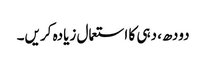
دودھ، دہی کا استعمال زیادہ کریں۔